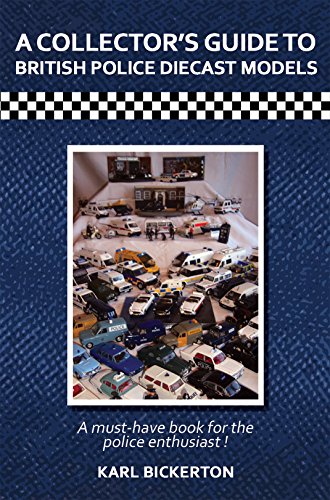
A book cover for A Collector's Guide to British Police Diecast Models; Karl Bickerton; Crafts, Hobbies & Home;